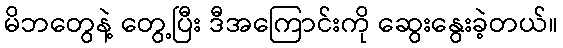
မိဘတွေနဲ့ တွေ့ပြီး ဒီအကြောင်းကို ဆွေးနွေးခဲ့တယ်။